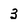
Character: 3